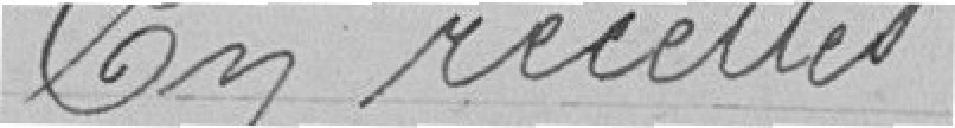
En recettes